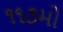
૧૧૭મો